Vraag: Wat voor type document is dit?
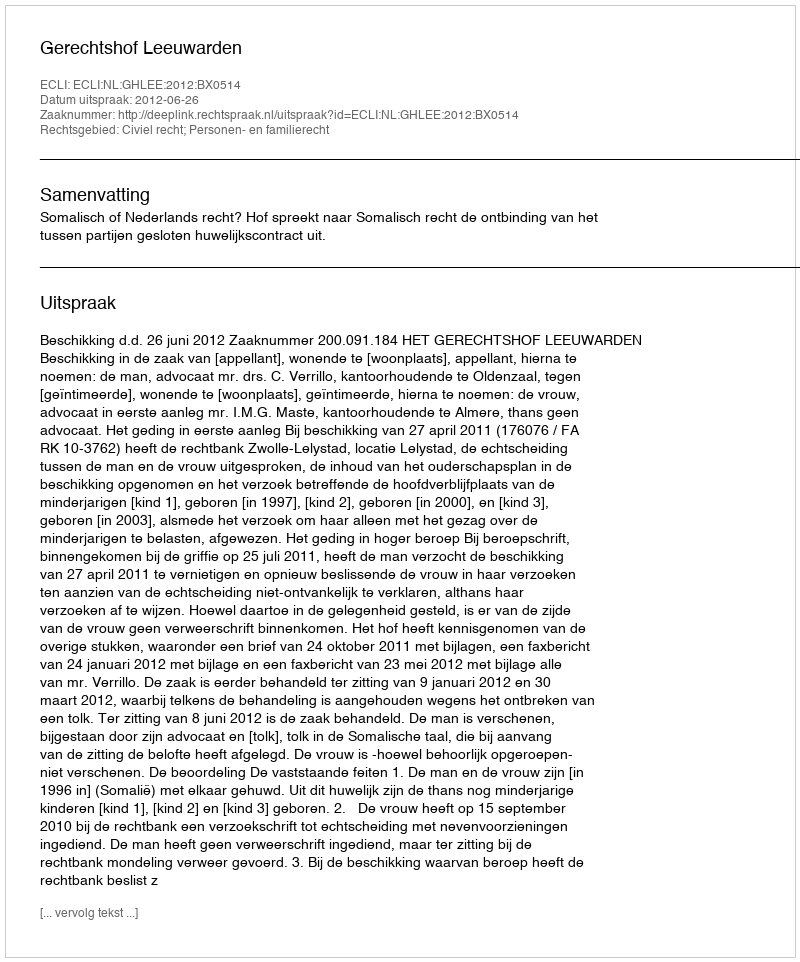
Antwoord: Uitspraak